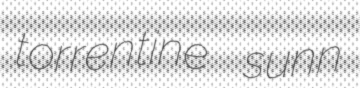
torrentine sunn